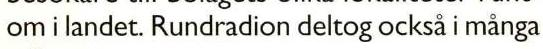
om i landet. Rundradion deltog också i många